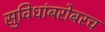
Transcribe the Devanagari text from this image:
सुविधांबरोबरच